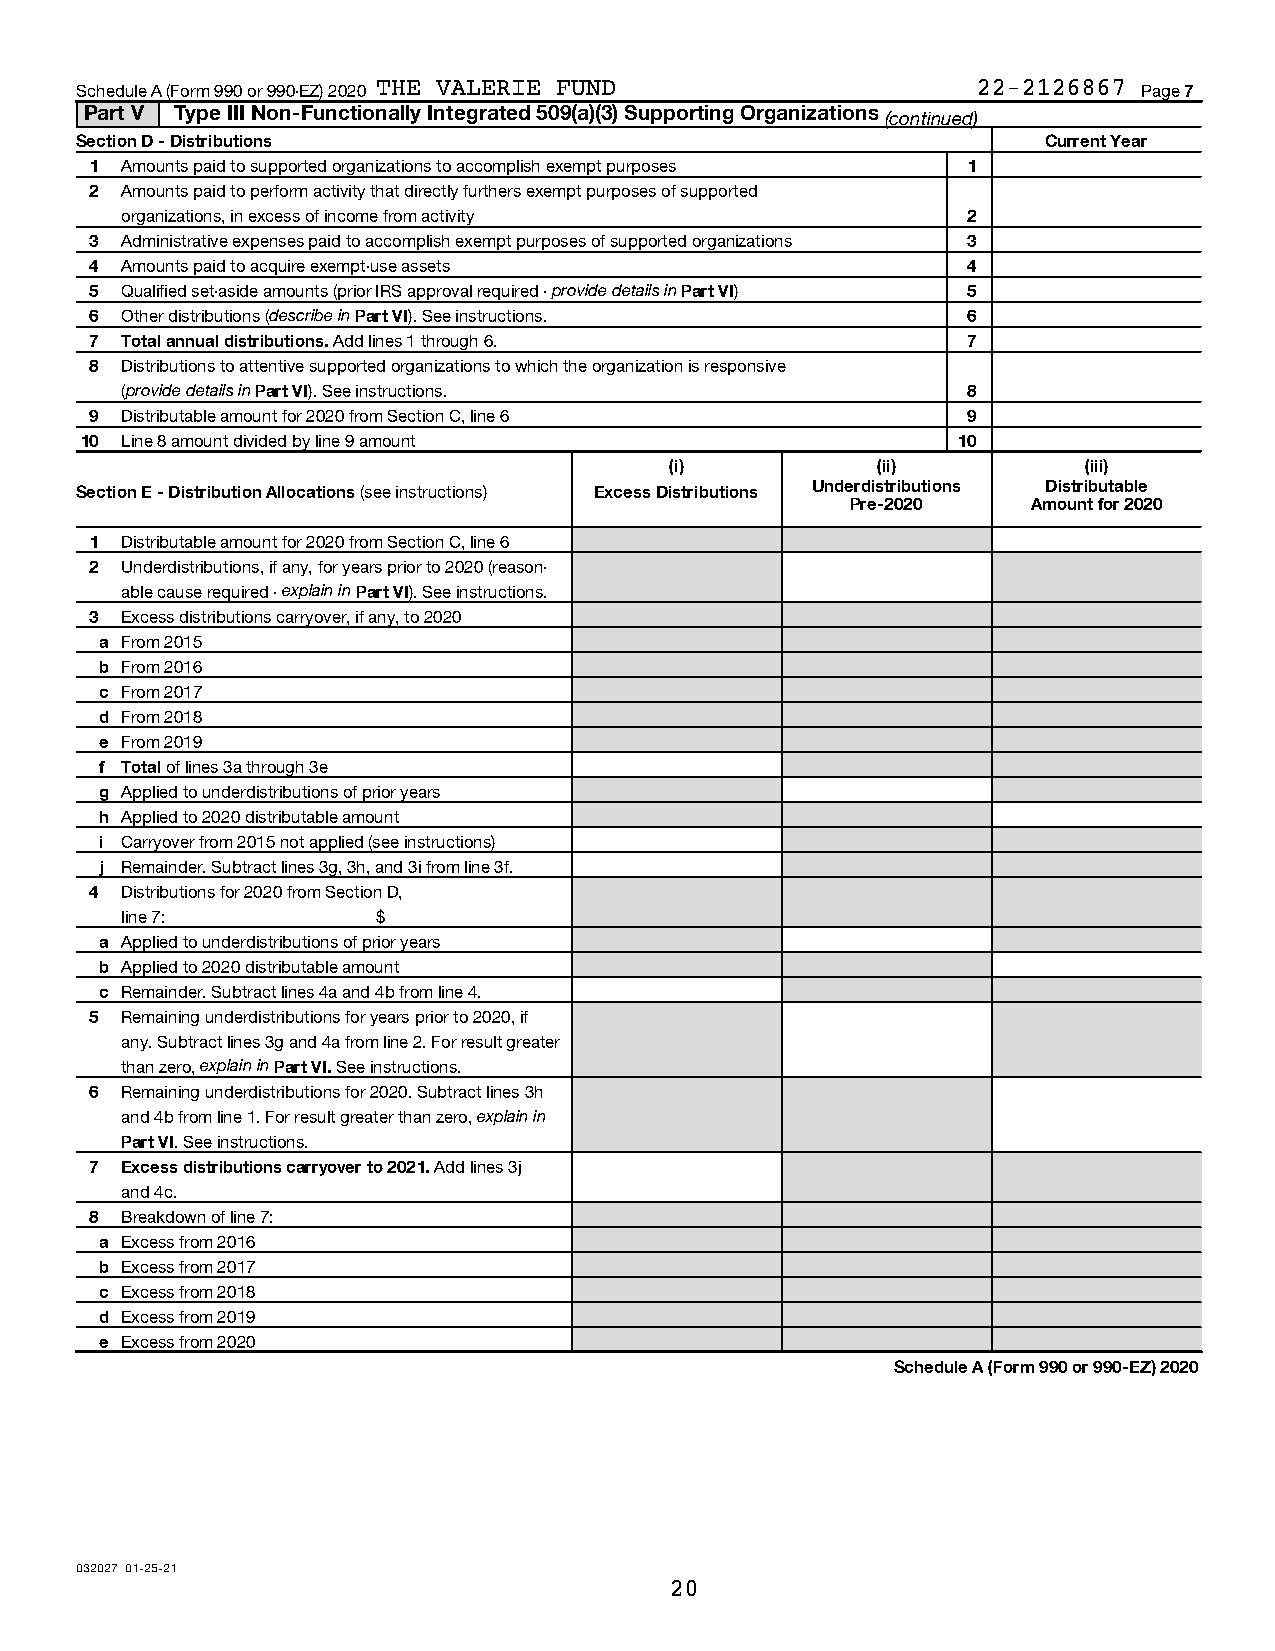
Schedule A (Form 990 or 990-EZ) 2020 THE VALERIE FUND       22-2126867 Page 7
 Part V Type III Non-Functionally Integrated 509(a)(3) Supporting Organizations
 (continued)
 Section D - Distributions                                       Current Year
 1 Amounts paid to supported organizations to accomplish exempt purposes 1
 2 Amounts paid to perform activity that directly furthers exempt purposes of supported
 organizations, in excess of income from activity        2
 3 Administrative expenses paid to accomplish exempt purposes of supported organizations 3
 4 Amounts paid to acquire exempt-use assets               4
 5 Qualified set-aside amounts (prior IRS approval required - provide details in Part VI) 5
 6 Other distributions (describe in Part VI). See instructions. 6
 7 Total annual distributions. Add lines 1 through 6.      7
 8 Distributions to attentive supported organizations to which the organization is responsive
 (provide details in Part VI). See instructions.         8
 9 Distributable amount for 2020 from Section C, line 6    9
 10 Line 8 amount divided by line 9 amount                 10
 (i)           (ii)          (iii)
 Section E - Distribution Allocations (see instructions) Excess Distributions Underdistributions Distributable
 Pre-2020    Amount for 2020
 1 Distributable amount for 2020 from Section C, line 6
 2 Underdistributions, if any, for years prior to 2020 (reason-
 able cause required - explain in Part VI). See instructions.
 3 Excess distributions carryover, if any, to 2020
 a From 2015
 b From 2016
 c From 2017
 d From 2018
 e From 2019
 f Total of lines 3a through 3e
 g Applied to underdistributions of prior years
 h Applied to 2020 distributable amount
 i Carryover from 2015 not applied (see instructions)
 j Remainder. Subtract lines 3g, 3h, and 3i from line 3f.
 4 Distributions for 2020 from Section D,
 line 7:          $
 a Applied to underdistributions of prior years
 b Applied to 2020 distributable amount
 c Remainder. Subtract lines 4a and 4b from line 4.
 5 Remaining underdistributions for years prior to 2020, if
 any. Subtract lines 3g and 4a from line 2. For result greater
 than zero, explain in Part VI. See instructions.
 6 Remaining underdistributions for 2020. Subtract lines 3h
 and 4b from line 1. For result greater than zero, explain in
 Part VI. See instructions.
 7 Excess distributions carryover to 2021. Add lines 3j
 and 4c.
 8 Breakdown of line 7:
 a Excess from 2016
 b Excess from 2017
 c Excess from 2018
 d Excess from 2019
 e Excess from 2020
 Schedule A (Form 990 or 990-EZ) 2020
 032027 01-25-21
 20